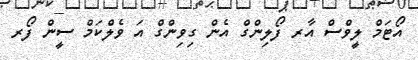
އޯޓަމް ލީވްސް އާރ ފޯލިންގް އެން ގިވިންގް އަ ވެލްކަމް ސީން ފޯރ